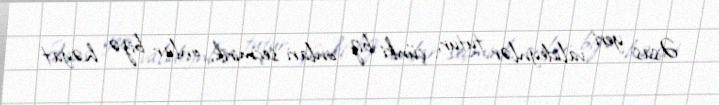
Əsas yeri valideynlər tutur, çünki biz onları seçmirik, onlar bizə həyat